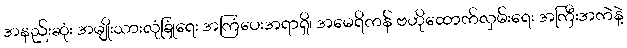
အနည်းဆုံး အမျိုးသားလုံခြုံရေး အကြံပေးအရာရှိ၊ အမေရိကန် ဗဟိုထောက်လှမ်းရေး အကြီးအကဲနဲ့